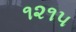
૧૨૧૫